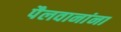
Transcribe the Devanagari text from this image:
पैलवानांना